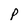
Character: p